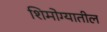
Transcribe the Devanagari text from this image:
शिमोग्यातील